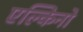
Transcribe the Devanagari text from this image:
एल्किनो